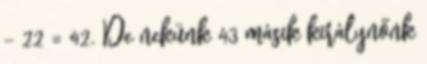
– 22 = 42. De nekünk 43 másik királynőnk